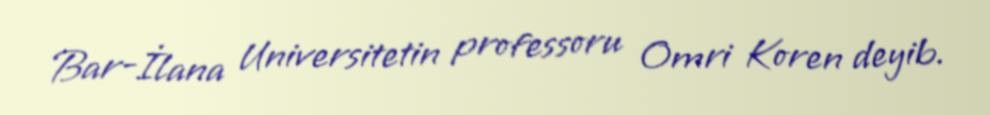
Bar-İlana Universitetin professoru Omri Koren deyib.